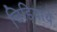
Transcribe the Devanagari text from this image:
चिड़ियायें